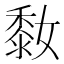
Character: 𪏮